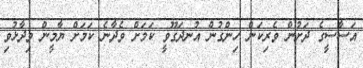
އަސާސީގެ ދަށުން ވެރިކަން ހިންގުން އުނދަގޫވީ ކަމަށް ވެދާނެ ކަމަށް ޔާމީން ވިދާޅުވި